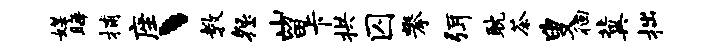
媒晦捕座丶教怨山留卡拱囚攀弭耽茶叟徊冀拙